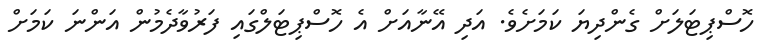
ހޮސްޕިޓަލަށް ގެންދިޔަ ކަމަށެވެ. އަދި އޭނާއަށް އެ ހޮސްޕިޓަލްގައި ފަރުވާދެމުން އަންނަ ކަމަށް